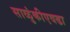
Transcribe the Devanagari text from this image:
साळुंकीएवढा